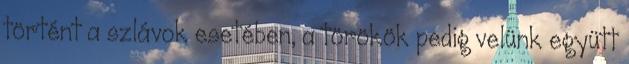
történt a szlávok esetében, a törökök pedig velünk együtt